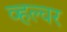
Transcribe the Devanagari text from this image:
व्हल्चर